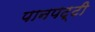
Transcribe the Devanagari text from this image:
पानपट्टी